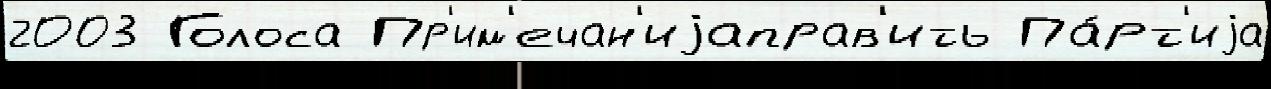
2003 Голоса Пр'им'ечан'иjаправ'ить Па́рт'иjа